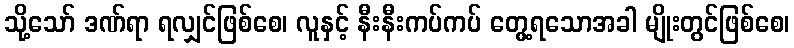
သို့သော် ဒဏ်ရာ ရလျှင်ဖြစ်စေ၊ လူနှင့် နီးနီးကပ်ကပ် တွေ့ရသောအခါ မျိုးတွင်ဖြစ်စေ၊